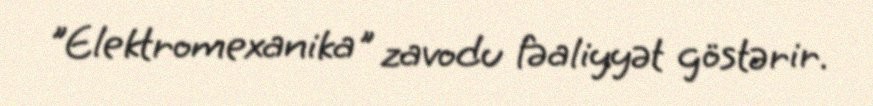
"Elektromexanika" zavodu fəaliyyət göstərir.